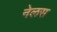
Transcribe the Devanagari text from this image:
नेलस